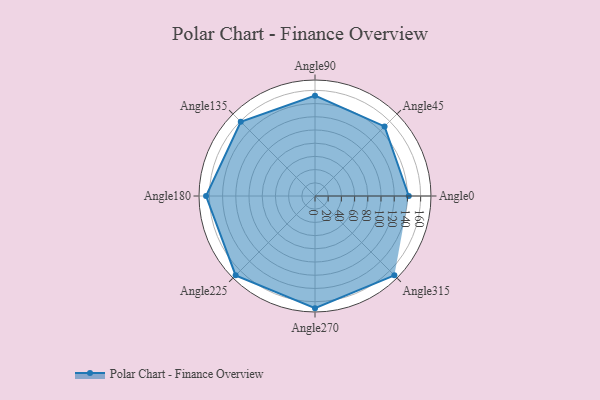
{"axis": {"x": "Angle", "y": "Radius"}, "legend": [""], "data": [{"x": "Angle0", "y": 142.0, "type": ""}, {"x": "Angle45", "y": 149.0, "type": ""}, {"x": "Angle90", "y": 152.0, "type": ""}, {"x": "Angle135", "y": 159.0, "type": ""}, {"x": "Angle180", "y": 165.0, "type": ""}, {"x": "Angle225", "y": 170, "type": ""}, {"x": "Angle270", "y": 170, "type": ""}, {"x": "Angle315", "y": 170, "type": ""}]}